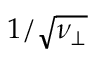
1 / \sqrt { \nu _ { \perp } }